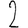
Digit: 2